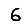
Digit: 6